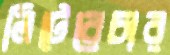
লিটেরেচার